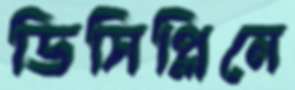
ডিসিপ্লিনে